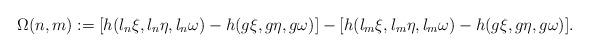
LaTeX: \begin{align*} \Omega(n,m):=[h(l_n \xi,l_n \eta, l_n \omega)-h(g\xi,g\eta,g\omega)]-[h(l_m \xi,l_m \eta, l_m \omega)-h(g\xi,g\eta,g\omega)].\end{align*}